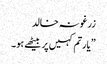
زرغونہ خالد
”یارتم کہیں پر بیٹھے ہو۔